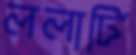
ললার্টি